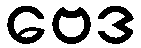
ဗေဒ